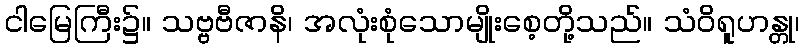
ငါမြေကြီး၌။ သဗ္ဗဗီဇာနိ၊ အလုံးစုံသောမျိုးစေ့တို့သည်။ သံဝိရူဟန္တု၊